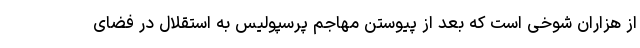
از هزاران شوخی است که بعد از پیوستن مهاجم پرسپولیس به استقلال در فضای